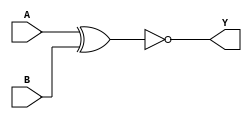
module sky130_fd_sc_lp__xnor2 (
    Y,
    A,
    B
);

    // Module ports
    output Y;
    input  A;
    input  B;

    // Module supplies
    supply1 VPWR;
    supply0 VGND;
    supply1 VPB ;
    supply0 VNB ;

    // Local signals
    wire xnor0_out_Y;

    //   Name   Output       Other arguments
    xnor xnor0 (xnor0_out_Y, A, B           );
    buf  buf0  (Y          , xnor0_out_Y    );

endmodule